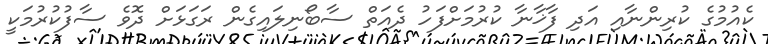
ކެއުމުގެ ކުރިންނާއި އަދި ފާޚާނާ ކުރުމަށްފަހު ދެއަތް ސާބޯނިލައިގެން ރަގަޅަށް ދޮވެ ސާފުކުރުމަކީ